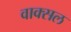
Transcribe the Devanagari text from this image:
वाक्‍सल